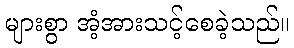
များစွာ အံ့အားသင့်စေခဲ့သည်။